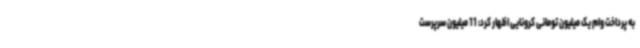
به پرداخت وام یک میلیون تومانی کرونایی اظهار کرد: 11 میلیون سرپرست